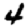
Digit: 4